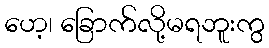
ဟေ့၊ ခြောက်လို့မရဘူးကွ